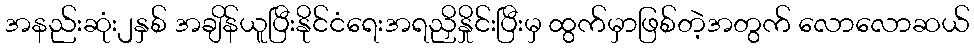
အနည်းဆုံး၂နှစ် အချိန်ယူပြီးနိုင်ငံရေးအရညှိနှိုင်းပြီးမှ ထွက်မှာဖြစ်တဲ့အတွက် လောလောဆယ်